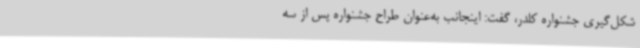
شکل‌گیری جشنواره کلدر، گفت: اینجانب به‌عنوان طراح جشنواره پس از سه